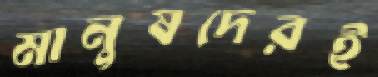
মানুষদেরই